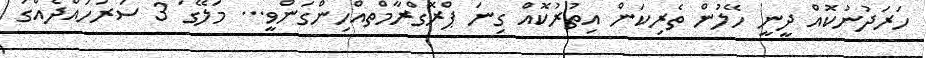
ހަރަދުނުކޮއް ދީނީ ހޭލުން ތެރިކަން އިތުރުކޮއް ގިނަ ޕްރޮގްރާމްތއްހިންގަންވީ... މަލޭގަ 3 ސަރަހައްދެއްގަ